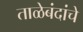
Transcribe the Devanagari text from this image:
ताळेबंदांचे